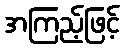
အကြည့်ဖြင့်